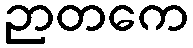
ဉာတကေ